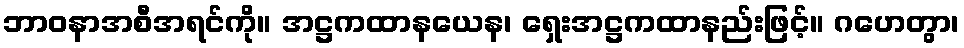
ဘာဝနာအစီအရင်ကို။ အဋ္ဌကထာနယေန၊ ရှေးအဋ္ဌကထာနည်းဖြင့်။ ဂဟေတွာ၊